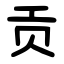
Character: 贡